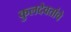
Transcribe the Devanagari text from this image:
कुलदेवतांचे